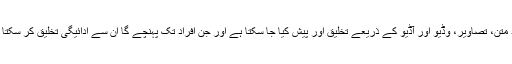
مواد متن، تصاویر، وڈیو اور آڈیو کے ذریعے تخلیق اور پیش کیا جا سکتا ہے اور جن افراد تک پہنچے گا ان سے ادائیگی تخلیق کر سکتا ہے۔